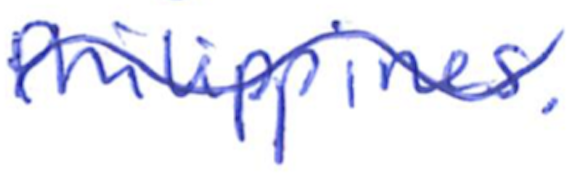
Text: Philippines.
Cross-out: wave
Writing tool: ballpoint